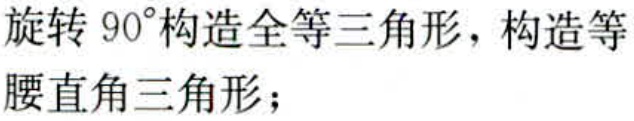
旋转 \(90^{\circ}\)构造全等三角形，构造等腰直角三角形；